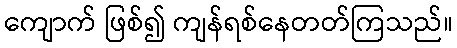
ကျောက် ဖြစ်၍ ကျန်ရစ်နေတတ်ကြသည်။